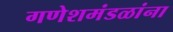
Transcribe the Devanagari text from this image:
गणेशमंडळांना